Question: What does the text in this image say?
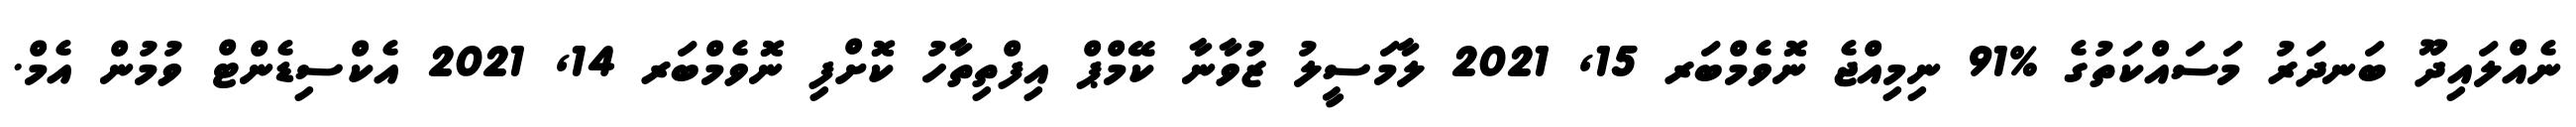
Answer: ނެއްލައިދޫ ބަނދަރު މަސައްކަތުގެ %91 ނިމިއްޖެ ނޮވެމްބަރ 15, 2021 ލާމަސީލު ޒުވާނާ ކޭމްޕް އިފްތިތާހު ކޮށްފި ނޮވެމްބަރ 14, 2021 އެކްސިޑެންޓް ވުމުން އެމް.